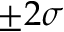
\pm 2 \sigma